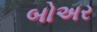
બોઅર